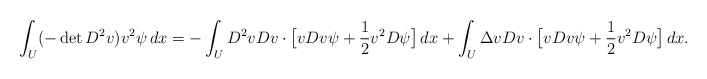
\begin{align*} \int_U(-\det D^2v) v^2\psi\,dx&=- \int_U D^2v Dv \cdot \big[vDv \psi +\frac12 v^2 D\psi\big]\,dx+ \int_U \Delta v Dv\cdot \big[vDv \psi+\frac12 v^2 D\psi\big]\,dx.\end{align*}